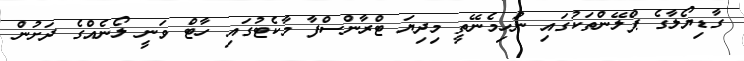
ގާޑިޔޯލާގެ ޕްލޭންތަކުގައި ނުހިމެނޭތީ މިދިޔަ ޓްރާންސްފާ މާކެޓުގައި ހާޓް ވަނީ ލޯނެއްގެ ދަށުން